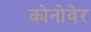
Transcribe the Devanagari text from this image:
कोनोवेर